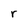
Character: r